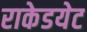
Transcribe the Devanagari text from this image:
राकेडयेट